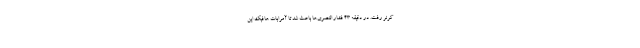
کرنر رفت. در دقیقه ۴۳ فشار النصری‌ها باعث شد تا آمرابات هافبک این